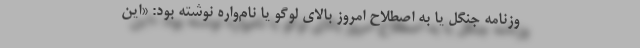
وزنامه جنگل یا به اصطلاح امروز بالای لوگو یا نام‌واره نوشته بود: «این